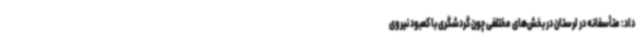
داد: متأسفانه در لرستان در بخش‌های مختلفی چون گردشگری با کمبود نیروی